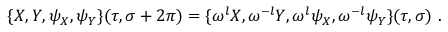
\{ X , Y , \psi _ { X } , \psi _ { Y } \} ( \tau , \sigma + 2 \pi ) = \{ \omega ^ { l } X , \omega ^ { - l } Y , \omega ^ { l } \psi _ { X } , \omega ^ { - l } \psi _ { Y } \} ( \tau , \sigma ) ~ .